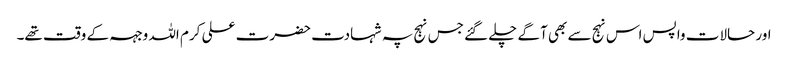
اور حالات واپس اس نہج سے بھی آگے چلے گئے جس نہج پہ شہادت حضرت علی کرم اللہ وجہہ کے وقت تھے۔